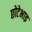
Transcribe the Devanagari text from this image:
छोटेभाइ